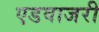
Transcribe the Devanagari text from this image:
एडवाजरी